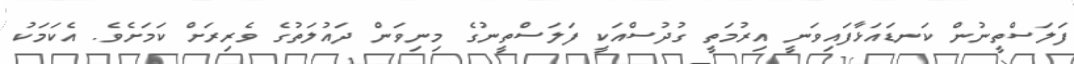
ފަލަސްތީނުން ކަނޑައަޅާފައިވަނީ އިރުމަތީ ގުދުސްއަކީ ފަލަސްތީނުގެ މިނިވަން ދައުލަތުގެ ވެރިރަށް ކަމަށެވެ. އެކަމަކު